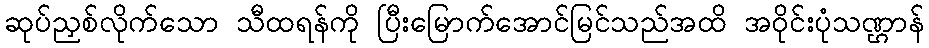
ဆုပ်ညှစ်လိုက်သော သီထရန်ကို ပြီးမြောက်အောင်မြင်သည်အထိ အဝိုင်းပုံသဏ္ဌာန်